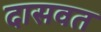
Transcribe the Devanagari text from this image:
दासवत